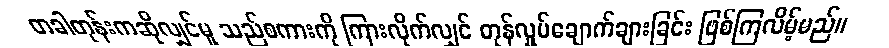
တခါတုန်းကဆိုလျှင်မူ သည်စကားကို ကြားလိုက်လျှင် တုန်လှုပ်ချောက်ချားခြင်း ဖြစ်ကြလိမ့်မည်။